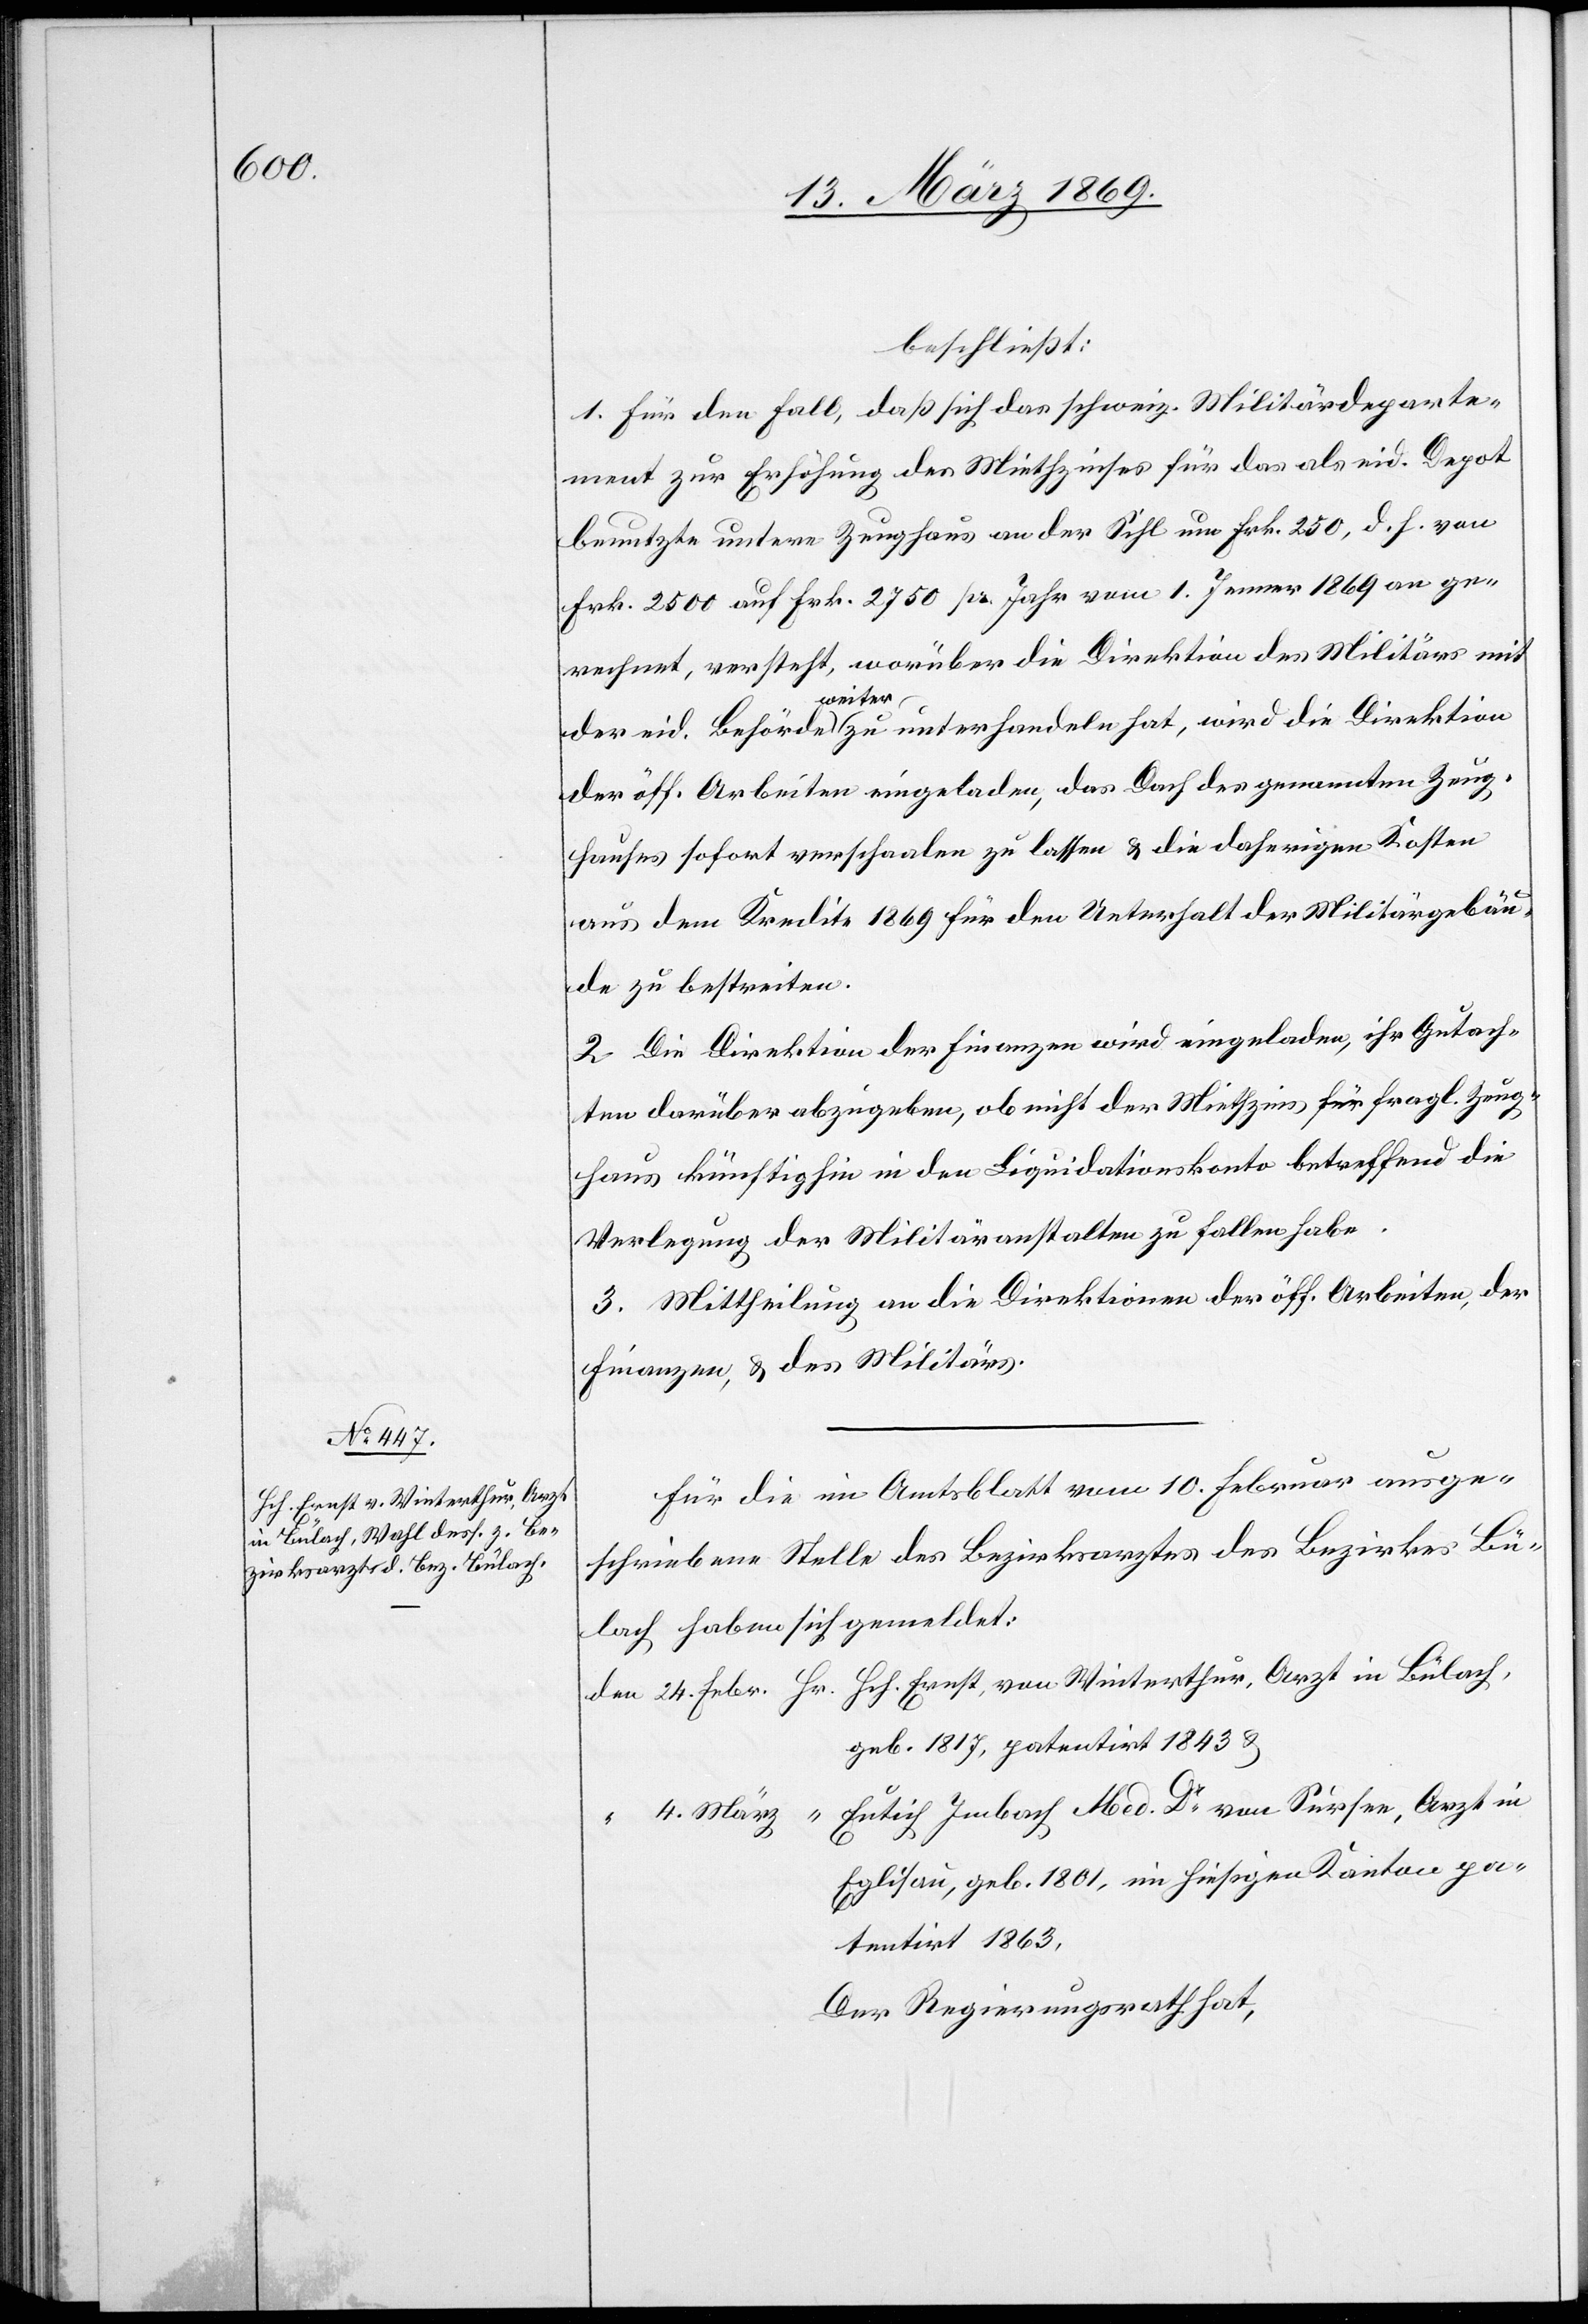
1801,

Hch. Ernst, von Winterthur, Arzt

beschließt:
1. Für den Fall, daß sich das schweiz. Militärdeparte¬
ment zur Erhöhung des Miethzinses für das als eid. Depot
benutzte untere Zeughaus an der Sihl um Frk. 250, d. h. von
Frk. 2500 auf Frk. 2750 pr. Jahr vom 1. Jenner 1869 an ge¬
rechnet, versteht, worüber die Direktion des Militärs mit
der eid. Behörde weiter zu unterhandeln hat, wird die Direktion
der öff. Arbeiten eingeladen, das Dach des genannten Zeug¬
hauses sofort verschaalen zu lassen & die daherigen Kosten
aus dem Kredite 1869 für den Unterhalt der Militärgebäu¬
de zu bestreiten.
2. Die Direktion der Finanzen wird eingeladen, ihr Gutach¬
ten darüber abzugeben, ob nicht der Miethzins für fragl. Zeug¬
haus künftighin in den Liquidationskonto betreffend die
Verlegung der Militäranstalten zu fallen habe.
3. Mittheilung an die Direktion der öff. Arbeiten, der
Finanzen, & des Militärs.
Für die im Amtsblatt vom 10. Februar ausge¬
schriebene Stelle des Bezirksarztes des Bezirkes Bü¬
lach haben sich gemeldet:
geb. 1817, patentirt 1843 &
Hr.
patentirt 1863.
Der Regierungsrath hat,